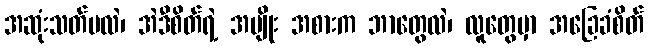
အဆုံးသတ်မလဲ၊ အဲဒီစိတ်ရဲ့ အမျိုး အစားက ဘာတွေလဲ၊ လူတွေမှာ အခြေခံစိတ်